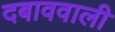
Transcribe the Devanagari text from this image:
दबाववाली